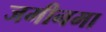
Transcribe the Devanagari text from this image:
जमीनमा